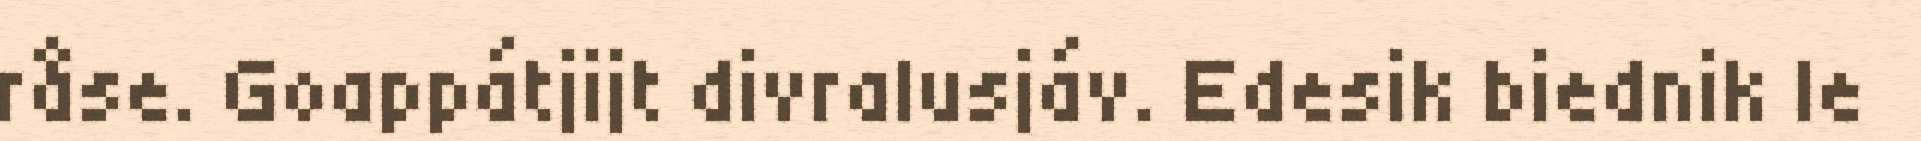
råse. Goappátjijt divralusjáv. Edesik biednik le